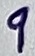
Text: 9